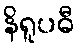
နိရူပဓီ